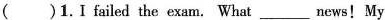
()1.I failed the exam. What ___ news! My